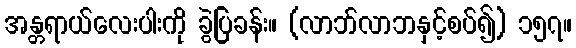
အန္တရာယ်လေးပါးကို ခွဲပြခန်း။ (လာဘ်လာဘနှင့်စပ်၍) ၁၅၇။